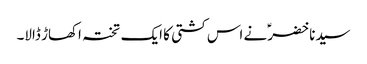
سیدنا خضرؑ نے اس کشتی کا ایک تختہ اکھاڑ ڈالا۔